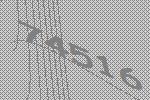
74516